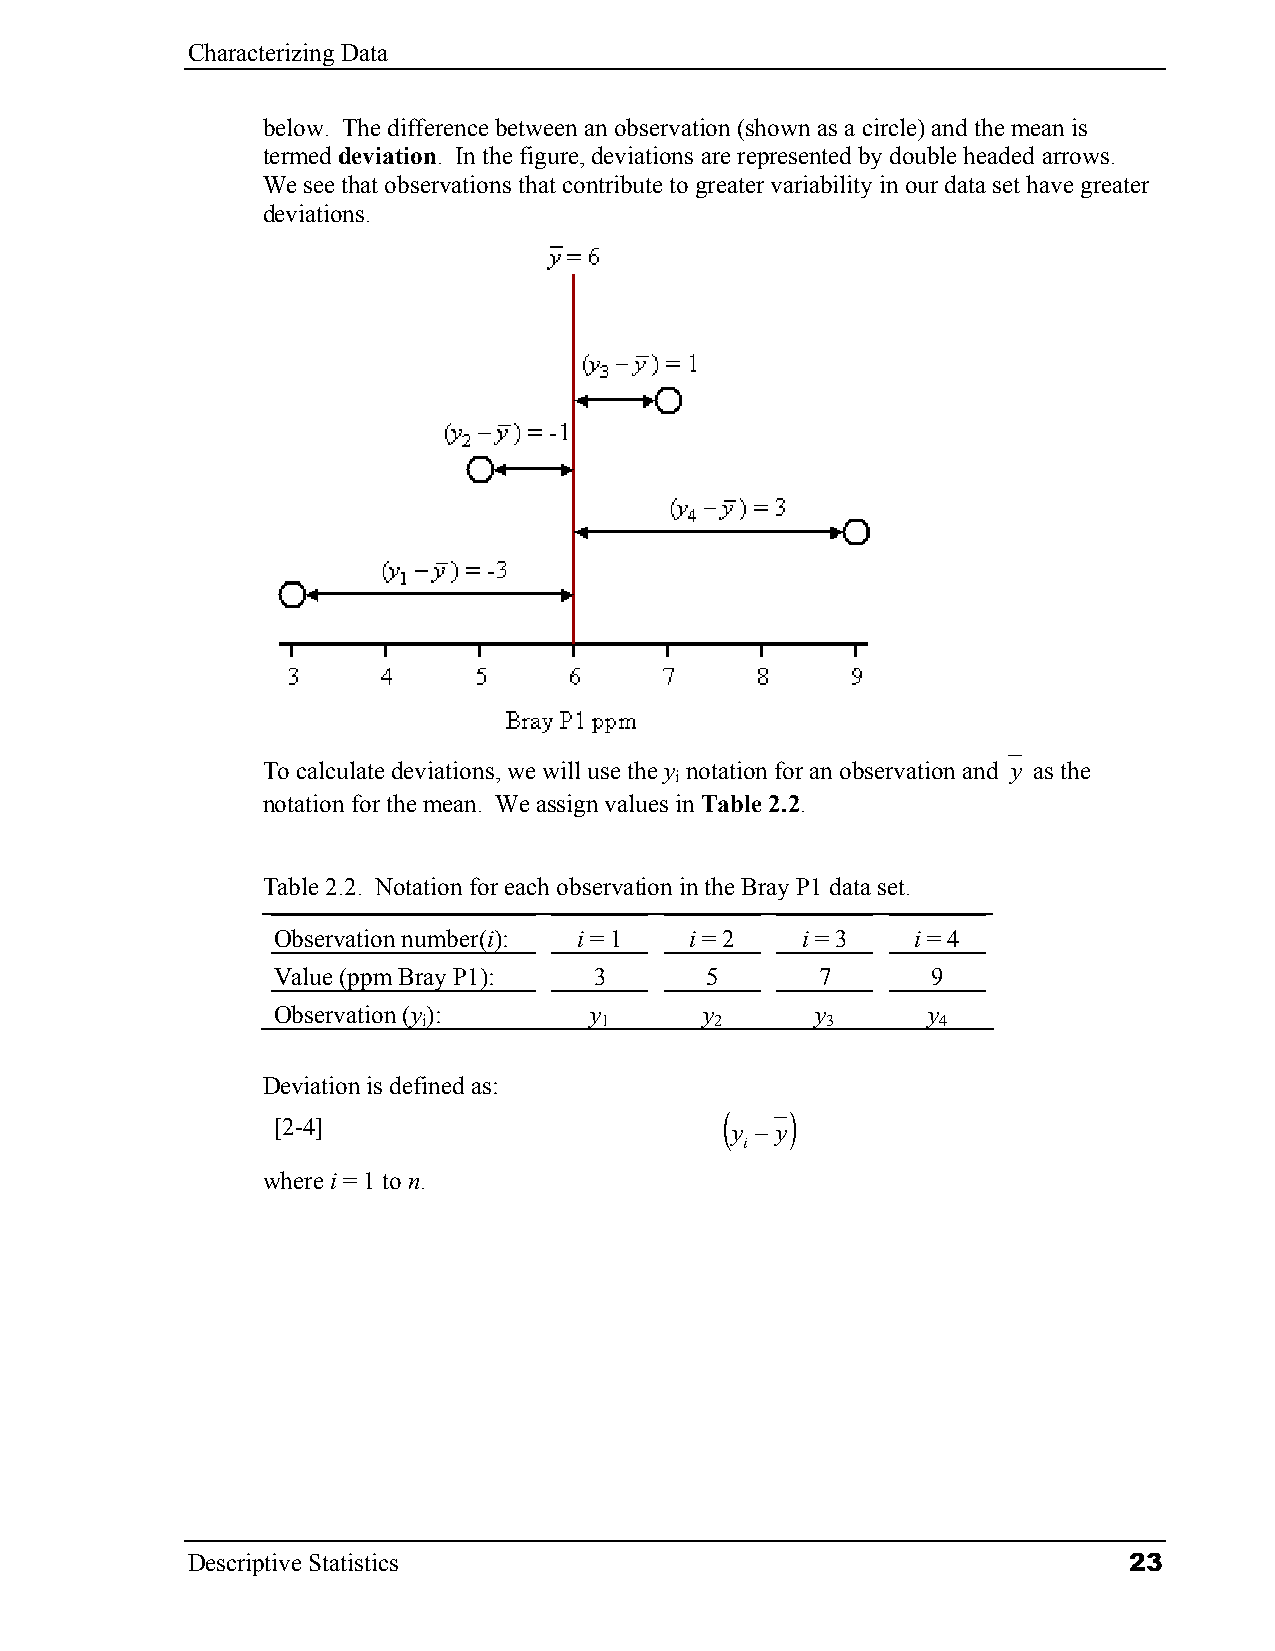
Characterizing Data
 below. The difference between an observation (shown as a circle) and the mean is
 termed deviation. In the figure, deviations are represented by double headed arrows.
 We see that observations that contribute to greater variability in our data set have greater
 deviations.
 To calculate deviations, we will use the y notation for an observation and y as the
 i
 notation for the mean. We assign values in Table 2.2.
 Table 2.2. Notation for each observation in the Bray P1 data set.
 Observation number(i): i = 1 i = 2 i = 3   i = 4
 Value (ppm Bray P1): 3       5      7       9
 Observation (y):     y       y      y      y
 i           1      2       3      4
 Deviation is defined as:
 (   )
 [2-4]                         y − y
 i
 where i = 1 to n.
 Descriptive Statistics                                         23